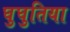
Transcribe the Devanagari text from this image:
घुघुतिया